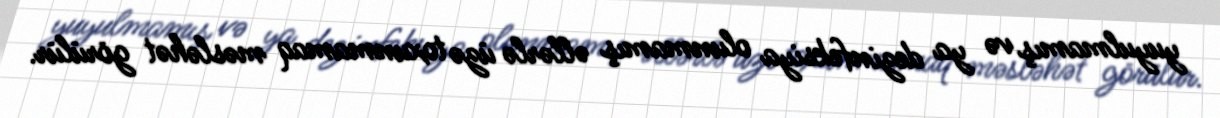
yuyulmamış və ya dezinfeksiya olunmamış əllərlə üzə toxunmamaq məsləhət görülür.